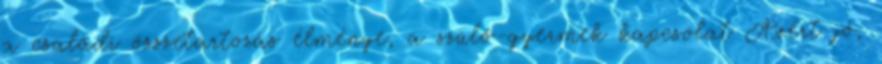
a családi összetartozás élménye, a szülő-gyermek kapcsolat Azért jó,